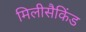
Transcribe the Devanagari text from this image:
मिलीसैकिंड